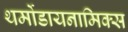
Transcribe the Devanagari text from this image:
थर्मोडायनामिक्‍स